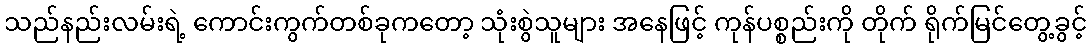
သည်နည်းလမ်းရဲ့ ကောင်းကွက်တစ်ခုကတော့ သုံးစွဲသူများ အနေဖြင့် ကုန်ပစ္စည်းကို တိုက် ရိုက်မြင်တွေ့ခွင့်